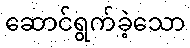
ဆောင်ရွက်ခဲ့သော